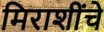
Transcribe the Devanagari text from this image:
मिराशींचे